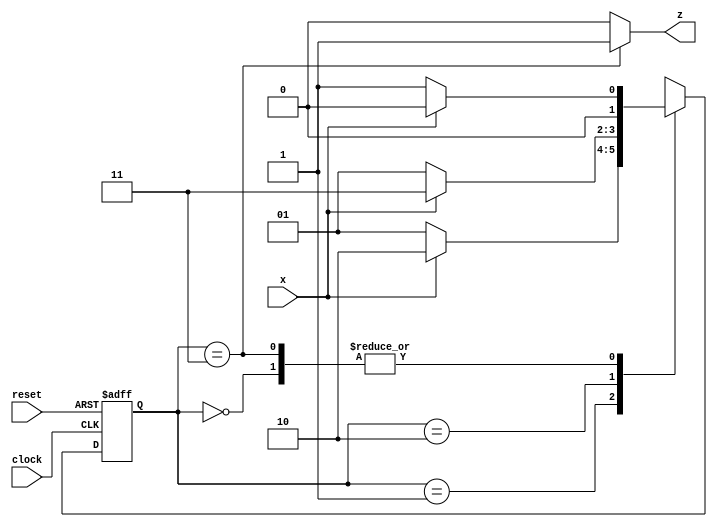
//Hoat Vu
//Modified 
module moore_seq
(
   input clock, reset, x,
   output reg z);

   //assign binary encoded codes to the states A through D
   parameter A = 2'b00,
	       B = 2'b01,
	       C = 2'b10,
	       D = 2'b11;
   reg [1:0] current_state, next_state;

   //Section 1: Next state generator (NSG)
   always@(*)
   begin
      casex (current_state)
      
         A: if (x==1)
               next_state = A;
            else
               next_state = B;

         B: if (x==1)
               next_state = C;
            else
               next_state = B;

         C: if (x==1)
               next_state = D;
            else
               next_state = B;

         D: if (x==1)
               next_state = A;
            else
               next_state = B;

      endcase
   end

   //Section 2: Output generator (OG)
   always@(*)
   begin

      if (current_state == D)
         z = 1;
      else
         z = 0;

   end

   //Section 3: The flip-flops
   always@(posedge clock, posedge reset)
   begin

      if (reset == 1)
         current_state <= A;
      else
         current_state <= next_state;
         
   end
endmodule